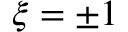
\xi = \pm 1